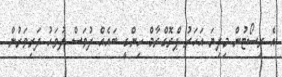
އެ ރިސޯޓުން މިދިޔަ އަހަރު ޕްރޮގްރާމް ހިންގީ ބައެއް ދުވަސް ދުވަހު ދަރިވަރުން